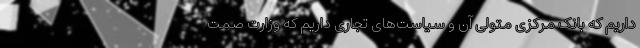
داریم که بانک مرکزی متولی آن و سیاست‌های تجاری داریم که وزارت صمت